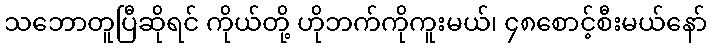
သဘောတူပြီဆိုရင် ကိုယ်တို့ ဟိုဘက်ကိုကူးမယ်၊ ၄၈စောင့်စီးမယ်နော်